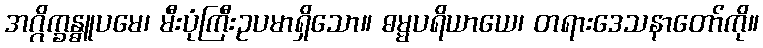
အဂ္ဂိက္ခန္ဓူပမေ၊ မီးပုံကြီးဥပမာရှိသော။ ဓမ္မပရိယာယေ၊ တရားဒေသနာတော်ကို။